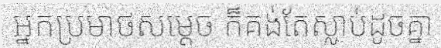
អ្នកប្រមាថសម្តេច ក៏គង់តែស្លាប់ដូចគ្នា